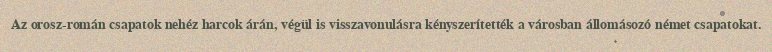
Az orosz-román csapatok nehéz harcok árán, végül is visszavonulásra kényszerítették a városban állomásozó német csapatokat.